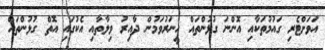
އަވަށްޓެރި ގައުމުތަކާއި އޮންނަ ގުޅުންތައް ހީނަރުވަމުން ދާއިރު ވިލާތާއި އެކުގައި އޮތް ގުޅުންތައް